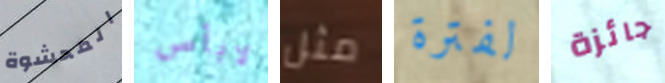
المحشوة لابأس مثل لفترة جائزة